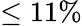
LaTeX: \leq 11\%